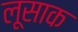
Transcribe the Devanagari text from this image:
लूसाक